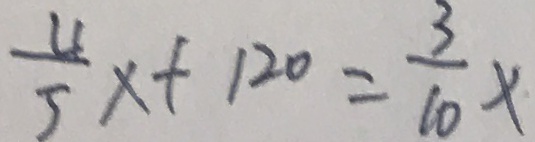
\frac { 4 } { 5 } x + 1 2 0 = \frac { 3 } { 1 0 } x